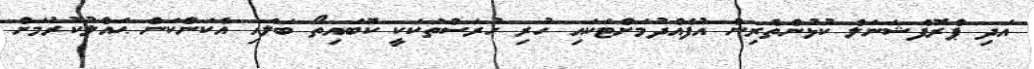
އަދި ޕްރޮފެޝަނަލް ކުޅުންތެރިން އުފެއްދުމަށްޓަކައި ހުރި ހުރަސްތަކަކީ ކޮބައިތޯ ބަލައި އެކަންކަން ޙައްލުކުރުމަށް